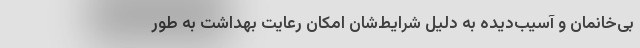
بی‌خانمان و آسیب‌دیده به دلیل شرایط‌شان امکان رعایت بهداشت به طور